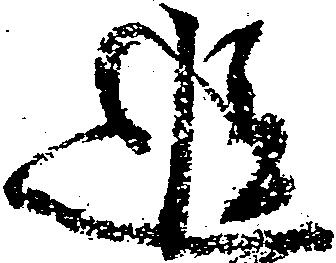
追